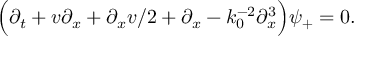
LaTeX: \Bigl ( \partial _ { t } + v \partial _ { x } + \partial _ { x } v / 2 + \partial _ { x } - k _ { 0 } ^ { - 2 } \partial _ { x } ^ { 3 } \Bigr ) \psi _ { + } = 0 .